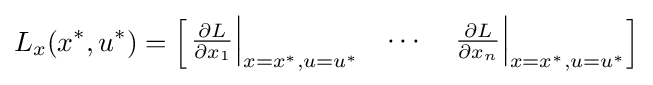
L_{x}(x^{*},u^{*})={\begin{bmatrix}\left.{\frac {\partial L}{\partial x_{1}}}\right|_{x=x^{*},u=u^{*}}&\cdots &\left.{\frac {\partial L}{\partial x_{n}}}\right|_{x=x^{*},u=u^{*}}\end{bmatrix}}